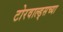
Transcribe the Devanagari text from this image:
टोरवाल्ड्सच्या